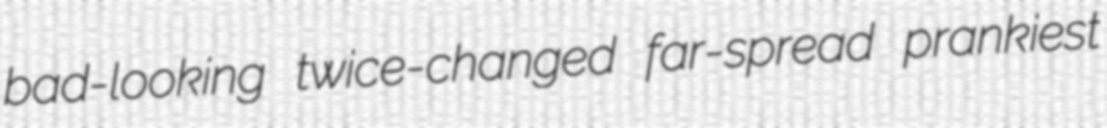
bad-looking twice-changed far-spread prankiest